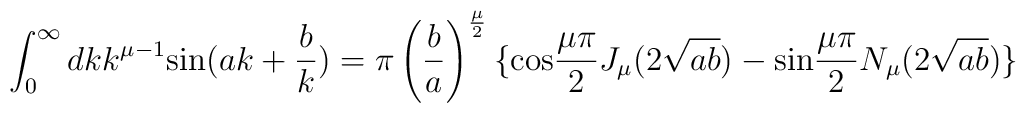
\int_0^{\infty}dkk^{{\mu}-1}{\rm sin}(ak+\frac{b}{k})={\pi}\left(\frac{b}{a}\right)^{\frac{\mu}{2}}\{ {\rm cos}\frac{{\mu}{\pi}}{2}J_{\mu}(2\sqrt{ab})-{\rm sin}\frac{{\mu}{\pi}}{2}N_{\mu}(2\sqrt{ab}) \}